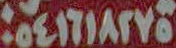
٠٥٤١٦١٨٢٧٥